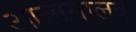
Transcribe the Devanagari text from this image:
आत्मगालक